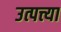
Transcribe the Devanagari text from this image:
उत्पत्त्या